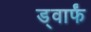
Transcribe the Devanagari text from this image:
ड्वार्फं